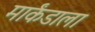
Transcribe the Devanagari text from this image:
मार्कंडाला